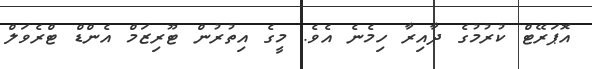
އޮޕަރޭޓް ކުރުމުގެ ދާއިރާ ހިމެނެ އެވެ. މީގެ އިތުރުން ޓޫރިޒަމް އެންޑް ޓްރެވަލް